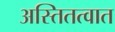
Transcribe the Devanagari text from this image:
अस्तितत्वात